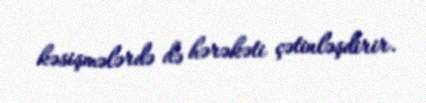
kəsişmələrdə də hərəkəti çətinləşdirir.